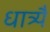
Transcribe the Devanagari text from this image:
धात्र्यै